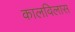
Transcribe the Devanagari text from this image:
कालविलास